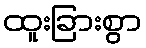
ထူးခြားစွာ